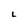
Character: L